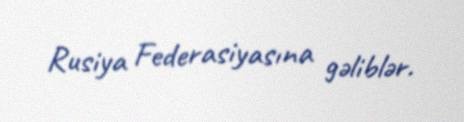
Rusiya Federasiyasına gəliblər.